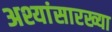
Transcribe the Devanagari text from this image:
अश्यांसारख्या